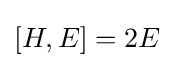
[H,E]=2E